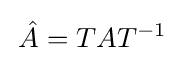
\,{\hat {A}}=TA{T}^{-1}